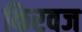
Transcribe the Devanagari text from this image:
किरवज